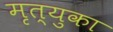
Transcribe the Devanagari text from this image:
मृत्युका